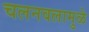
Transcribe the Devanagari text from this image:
चलनवलामुळे